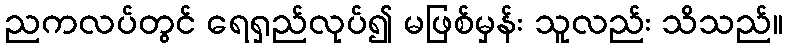
ညကလပ်တွင် ရေရှည်လုပ်၍ မဖြစ်မှန်း သူလည်း သိသည်။